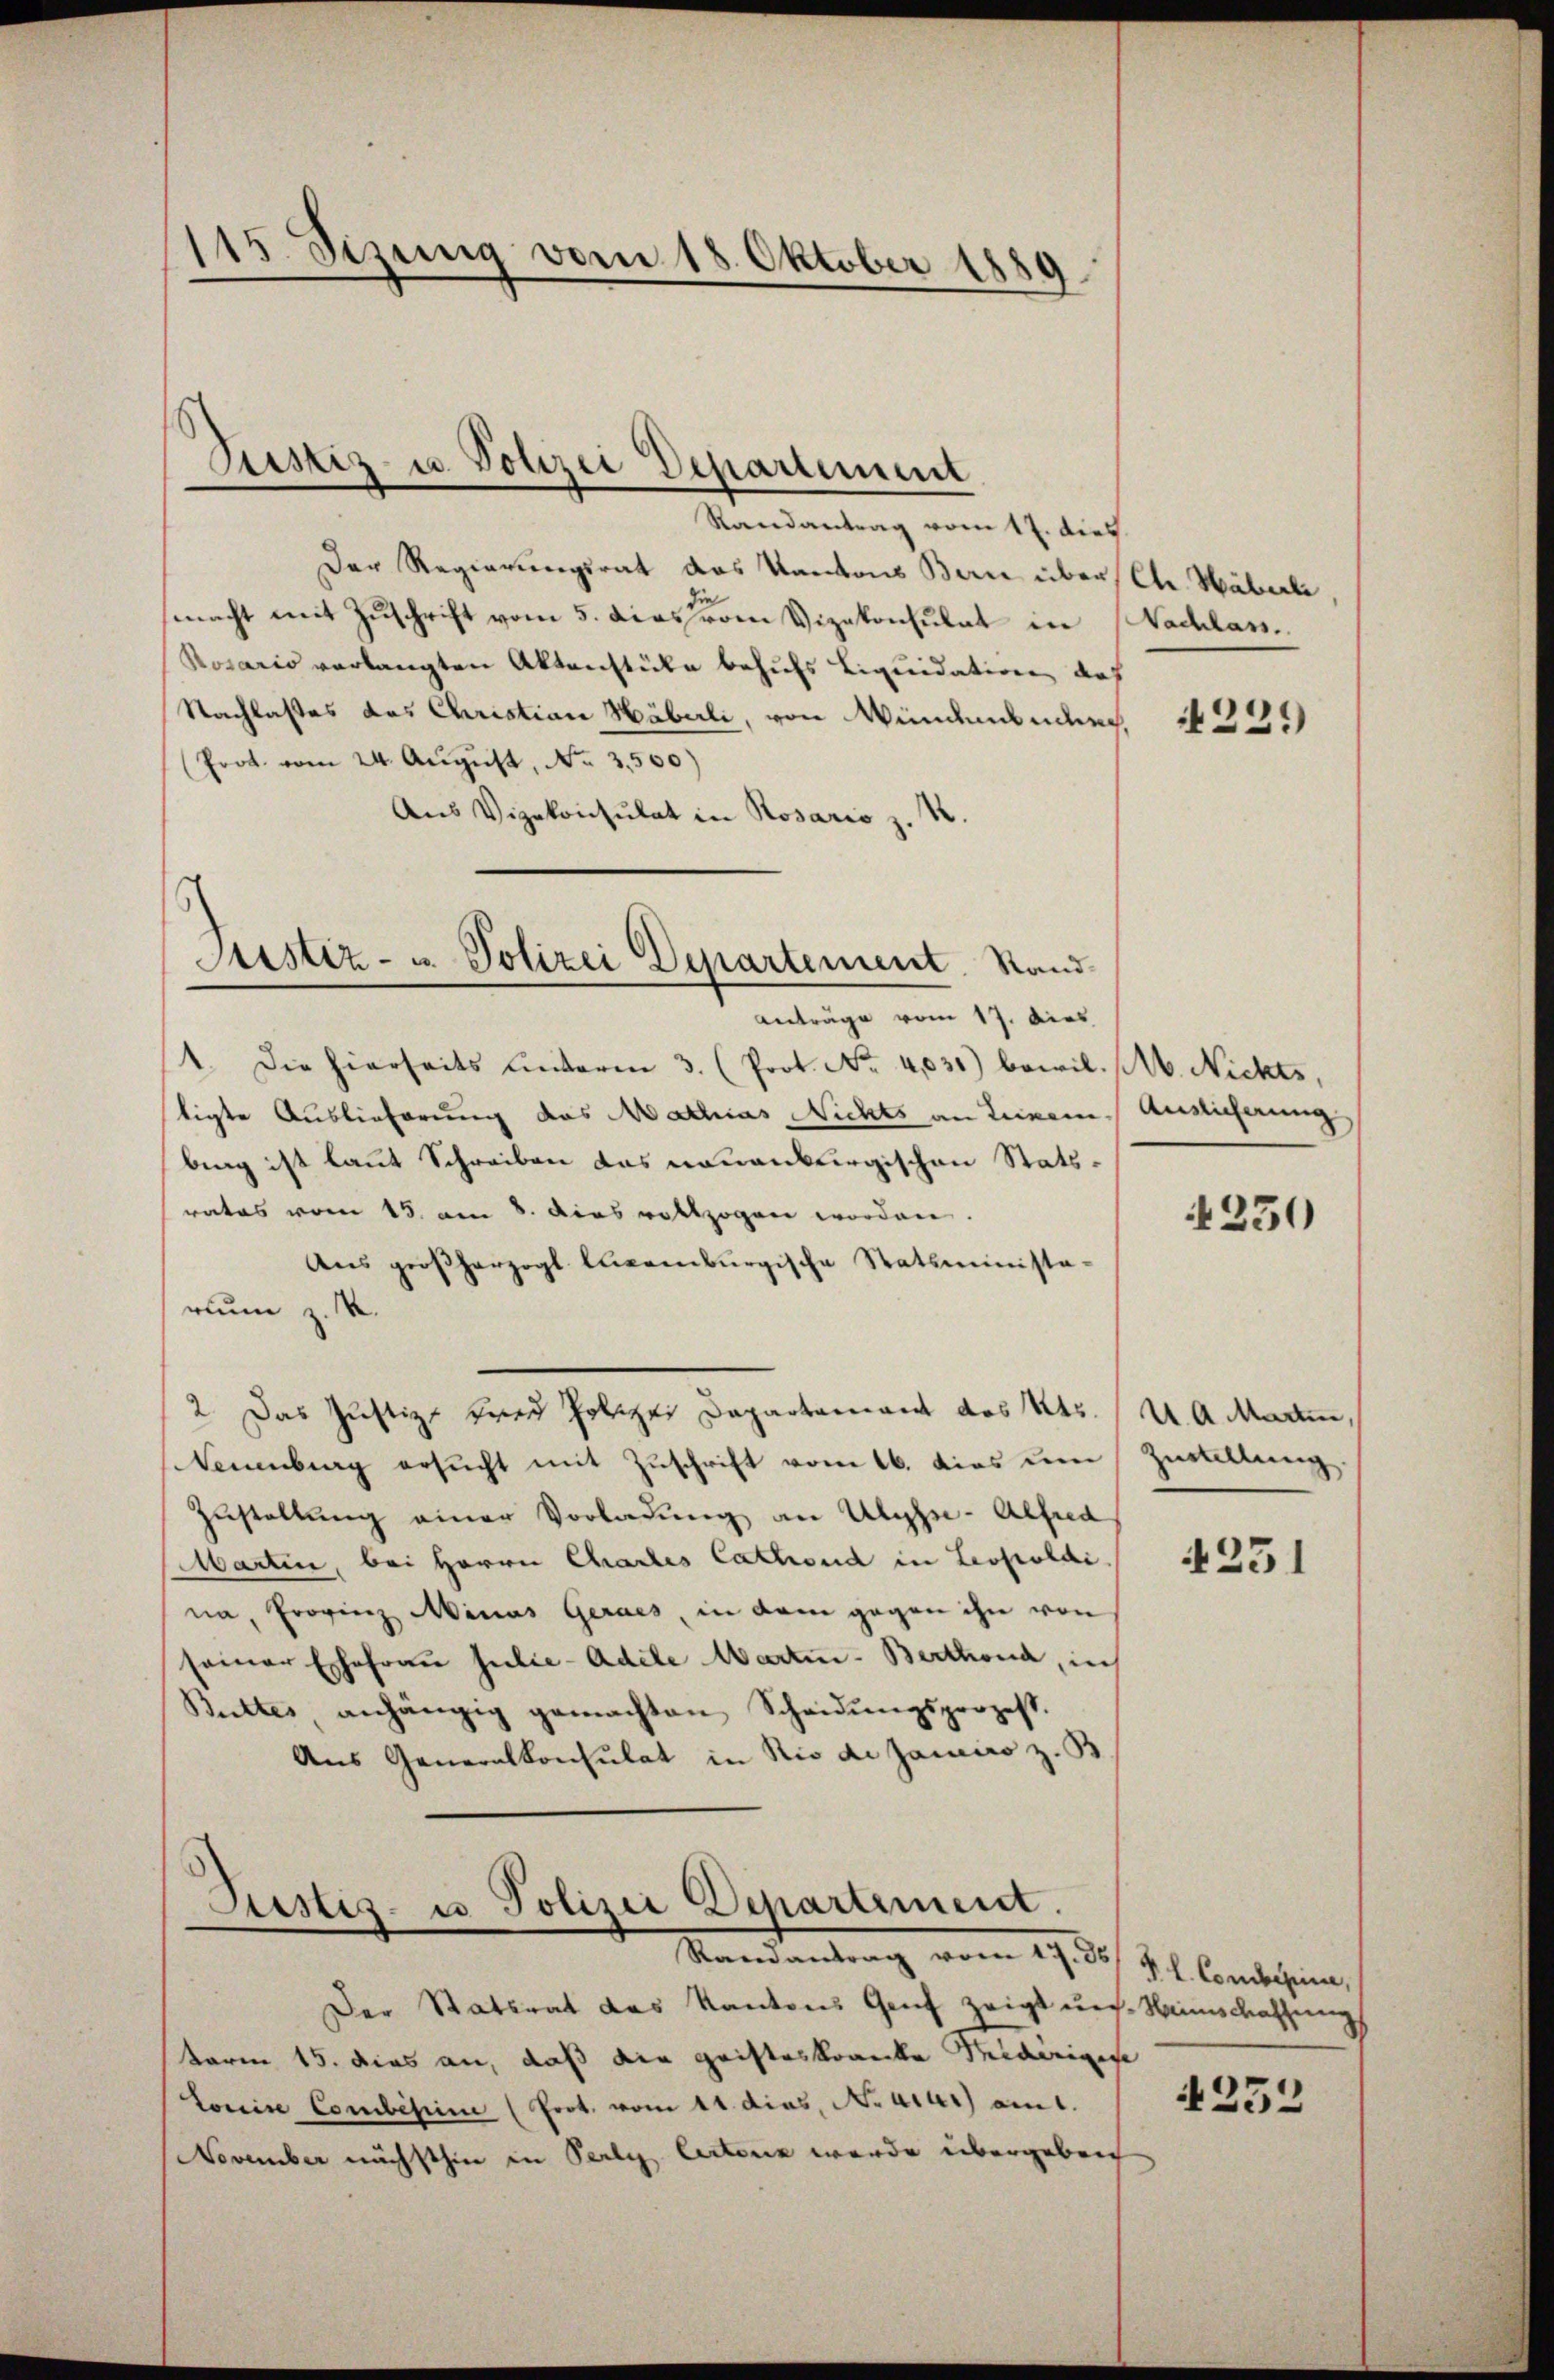
115 Sizung vom 18. Oktober 1889

Justiz- u. Polizei Departement

Justiz- u. Polizei Departement. Stand
Anträge vom 17. Dies

Randantrag vom 17. dies
Der Regierungsrat das Kantons Bern über
macht mit Zuschrift vom 5. Dies vom Vizekonsulat in
Rosario verlangten Aktenstücke behufs Liquidation des
Nachlasses das Christian Häberli, von Mündenburg,
Prot. vom 24. August, No. 3500)
Aus Vizekonsulat in Rosario z. R.
1. Die hierseits unterm 3. (Prot. No 4,031) bewil-
tigte Auslieferung das Mathias Nichts an Leinem Auslicherung
bing ist laut Schreiben das neuenbergischen Statsrates vom 15. am 8. dies vollzogen worden.
Aus großherzogl. Augenburgische Statsminista-
ruum z. B.
2. Das Justiz- und Polizei Departement das 145.
Neuenburg ersŭcht mit Zuschrift vom 16. dies de
Zustellung einer Vorladung an Ulyse - Alfred
Martin, bei Herrn Chartes Cathard in Leopoldi
na, Provinz Minas Gerais, in dem gegen ihn von
seiner Erfahren Julie-Adele Marten-Berthond, in
Butter, anhängig gemachten Scheidŭngsprozess.
Aus Generalkonsulat in Niede Janico z. B

Sistis- u Polizei Departement.
Mandendung vom 27. d. J. endlichung

Chr. Häberle,
Nachlass.

Der Stattrat des Kantons Genf zeigt uns. Heimschaffung
baren 15. dies an, daß die Geisteskranke Seiderigese
Loneise Combissin (Prot. vom 11. dies, Natur) am 1.
November nächsthin in Perly lectorin werde übergeben

4229)

M. Nichts,

1230

uA Marten,
Zustellung.

4231

4253